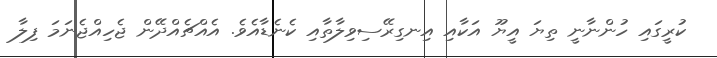
ކުރީގައި ހުންނާނީ ތިޔަ އީޔޫ އަކާއި އިނގިރޭސިވިލާތާއި ކެނެޑާއެވެ. އެއްޗެއްދޭން ޖެހިއްޖެނަމަ ފިލާ